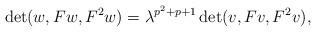
LaTeX: \begin{align*}\det (w, Fw, F^2w) = \lambda^{p^2 + p + 1}\det (v, Fv, F^2v),\end{align*}